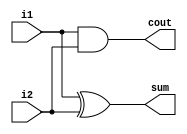
module ha (sum, cout, i1, i2);
	
	input i1, i2;
	output sum, cout;

	assign sum = i1 ^ i2;
	assign cout = i1 & i2;

endmodule